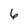
Character: 6